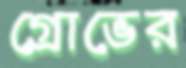
গ্রোভের